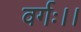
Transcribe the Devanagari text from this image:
वर्गः।।